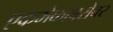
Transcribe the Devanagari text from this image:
एकमेकाबरोबर